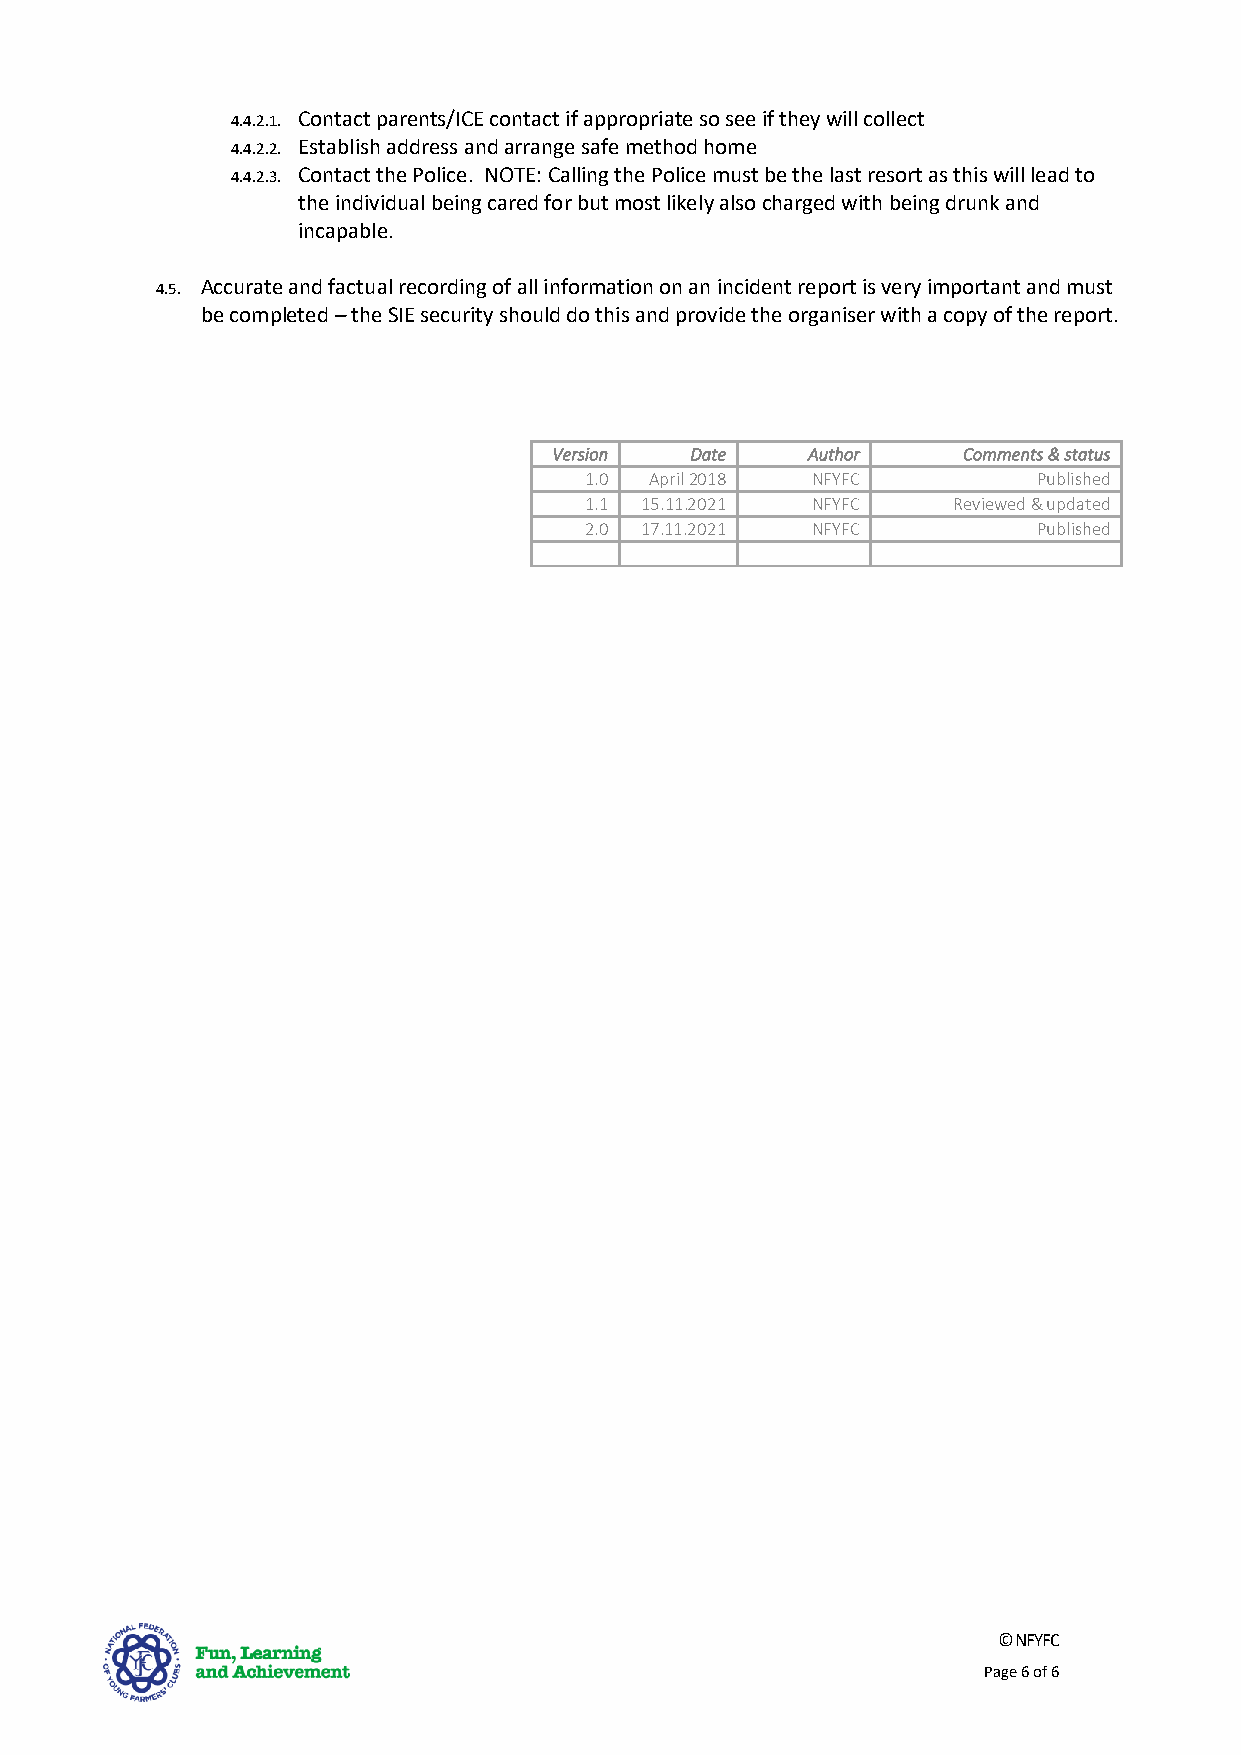
4.4.2.1. Contact parents/ICE contact if appropriate so see if they will collect
 4.4.2.2. Establish address and arrange safe method home
 4.4.2.3. Contact the Police. NOTE: Calling the Police must be the last resort as this will lead to
 the individual being cared for but most likely also charged with being drunk and
 incapable.
 4.5. Accurate and factual recording of all information on an incident report is very important and must
 be completed – the SIE security should do this and provide the organiser with a copy of the report.
 Version  Date   Author     Comments & status
 1.0 April 2018 NFYFC          Published
 1.1 15.11.2021 NFYFC    Reviewed & updated
 2.0 17.11.2021 NFYFC          Published
 © NFYFC
 Page 6 of 6